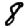
Digit: 8